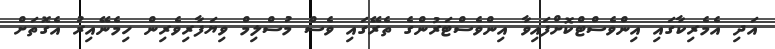
އަދި އެމެރިކާގައި އިންވެސްޓްކޮށްފައިވާ އިންވެސްޓަރުންގެ ތެރޭގައި ވެސް މުސްލިމް ވިޔަފާރިވެރިން ހިމެނޭއިރު އެގޮތަށް